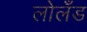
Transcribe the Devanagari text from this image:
लोलँड